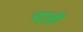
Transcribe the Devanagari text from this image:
दाड़ों